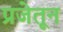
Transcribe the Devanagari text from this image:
प्रजेतून